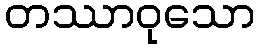
တဿာဝုသော